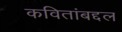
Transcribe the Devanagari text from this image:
कवितांबद्दल